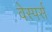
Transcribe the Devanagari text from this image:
वेस्पर्स